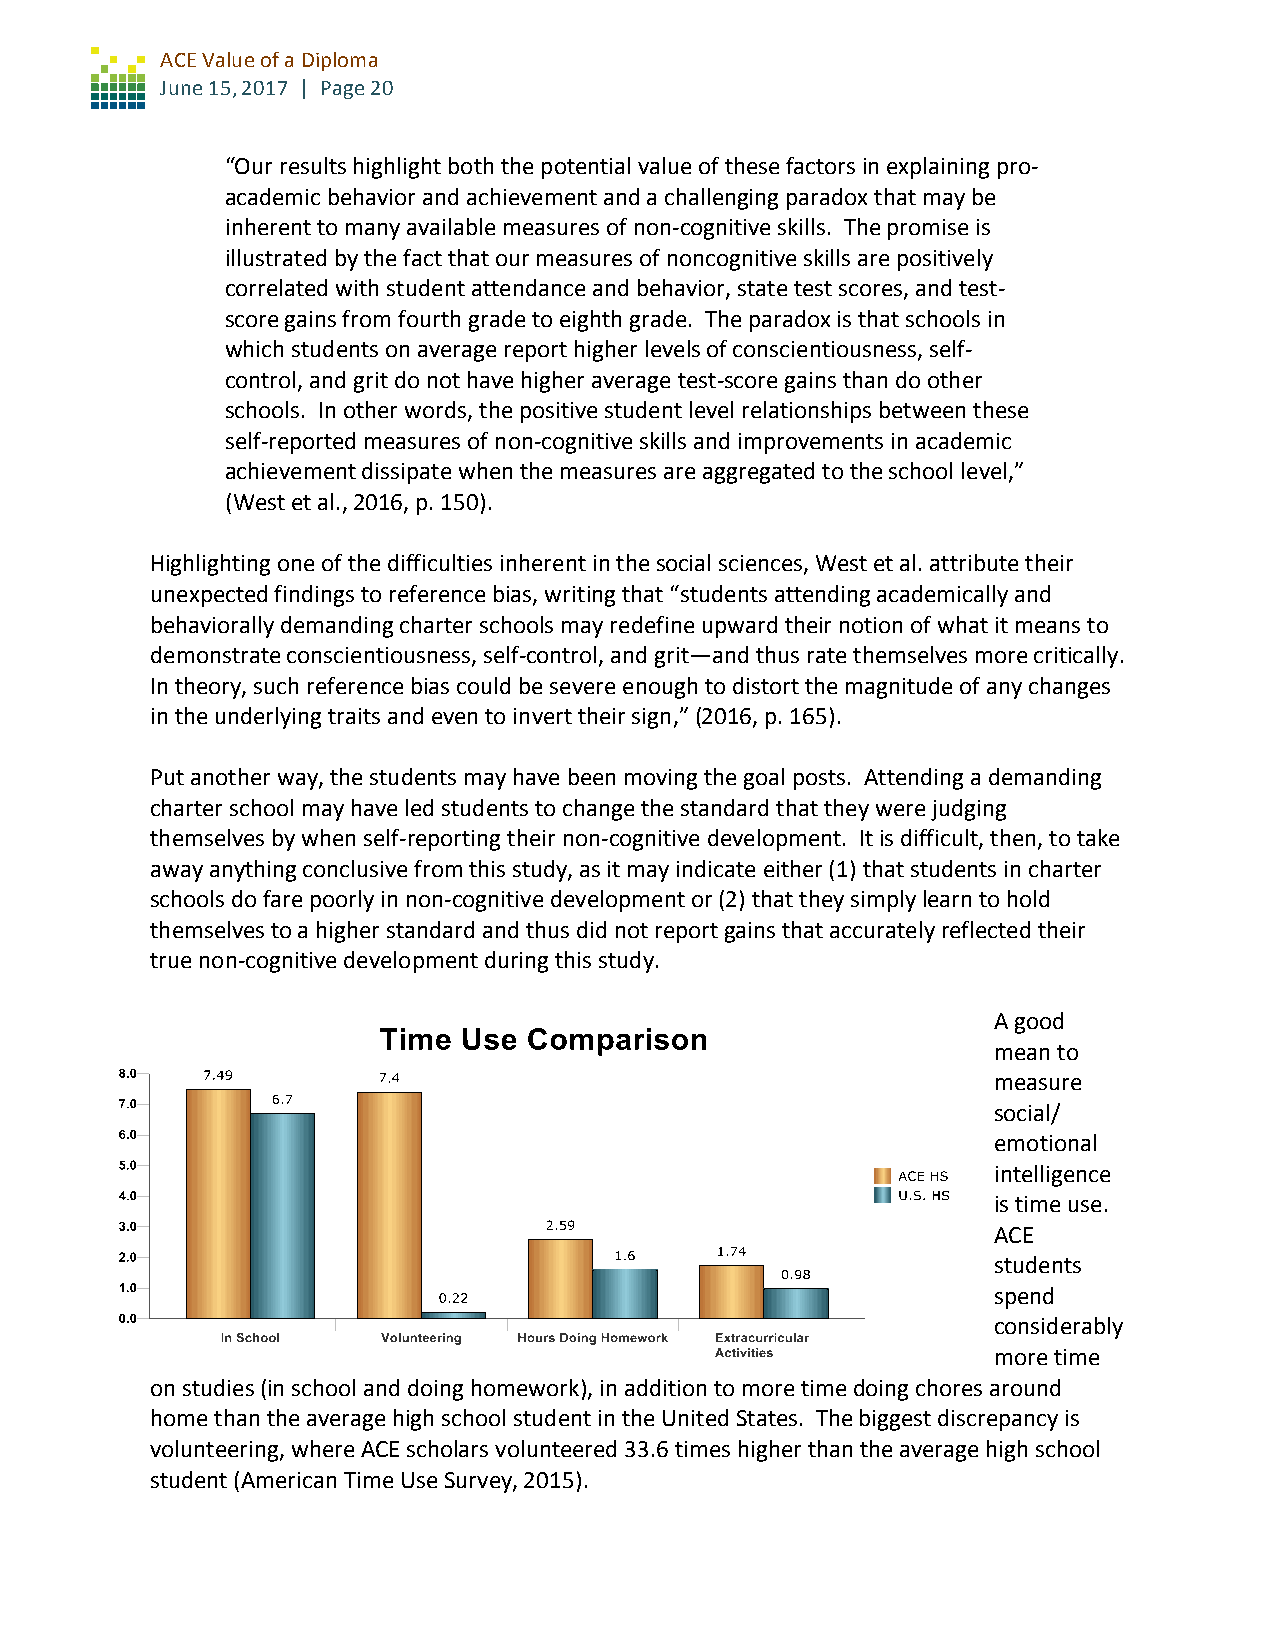
ACE Value of a Diploma
 June 15, 2017 | Page 20
 “Our results highlight both the potential value of these factors in explaining pro-
 academic behavior and achievement and a challenging paradox that may be
 inherent to many available measures of non-cognitive skills. The promise is
 illustrated by the fact that our measures of noncognitive skills are positively
 correlated with student attendance and behavior, state test scores, and test-
 score gains from fourth grade to eighth grade. The paradox is that schools in
 which students on average report higher levels of conscientiousness, self-
 control, and grit do not have higher average test-score gains than do other
 schools. In other words, the positive student level relationships between these
 self-reported measures of non-cognitive skills and improvements in academic
 achievement dissipate when the measures are aggregated to the school level,”
 (West et al., 2016, p. 150).
 Highlighting one of the difficulties inherent in the social sciences, West et al. attribute their
 unexpected findings to reference bias, writing that “students attending academically and
 behaviorally demanding charter schools may redefine upward their notion of what it means to
 demonstrate conscientiousness, self-control, and grit—and thus rate themselves more critically.
 In theory, such reference bias could be severe enough to distort the magnitude of any changes
 in the underlying traits and even to invert their sign,” (2016, p. 165).
 Put another way, the students may have been moving the goal posts. Attending a demanding
 charter school may have led students to change the standard that they were judging
 themselves by when self-reporting their non-cognitive development. It is difficult, then, to take
 away anything conclusive from this study, as it may indicate either (1) that students in charter
 schools do fare poorly in non-cognitive development or (2) that they simply learn to hold
 themselves to a higher standard and thus did not report gains that accurately reflected their
 true non-cognitive development during this study.
 A good
 mean to
 measure
 social/
 emotional
 intelligence
 is time use.
 ACE
 students
 spend
 considerably
 more time
 on studies (in school and doing homework), in addition to more time doing chores around
 home than the average high school student in the United States. The biggest discrepancy is
 volunteering, where ACE scholars volunteered 33.6 times higher than the average high school
 student (American Time Use Survey, 2015).